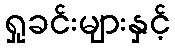
ရှုခင်းများနှင့်